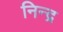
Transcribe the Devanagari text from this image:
निन्द्र